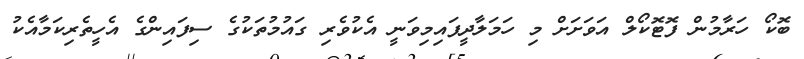
ބޮކޯ ހަރާމުން ފޮޓޮކޯލް އަވަށަށް މި ހަމަލާދީފައިމިވަނީ އެކުވެރި ގައުމުތަކުގެ ސިފައިންގެ އެހީތެރިކަމާއެކު